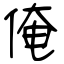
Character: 俺